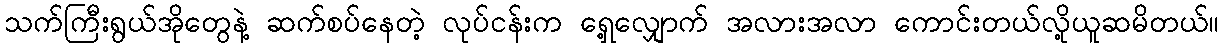
သက်ကြီးရွယ်အိုတွေနဲ့ ဆက်စပ်နေတဲ့ လုပ်ငန်းက ရှေ့လျှောက် အလားအလာ ကောင်းတယ်လို့ယူဆမိတယ်။